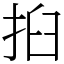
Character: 㧮